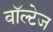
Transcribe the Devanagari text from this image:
वॉल्टेज